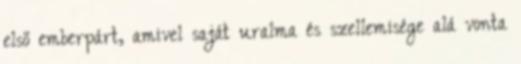
első emberpárt, amivel saját uralma és szellemisége alá vonta